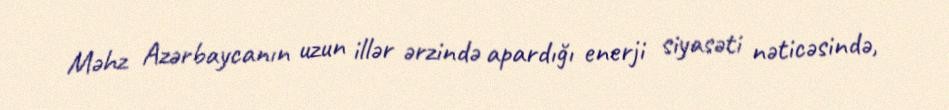
Məhz Azərbaycanın uzun illər ərzində apardığı enerji siyasəti nəticəsində,